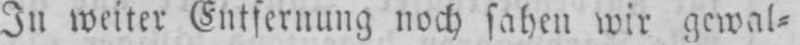
In weiter Entfernung noch sahen wir gewal⸗